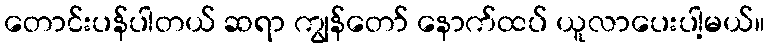
တောင်းပန်ပါတယ် ဆရာ ကျွန်တော် နောက်ထပ် ယူလာပေးပါ့မယ်။